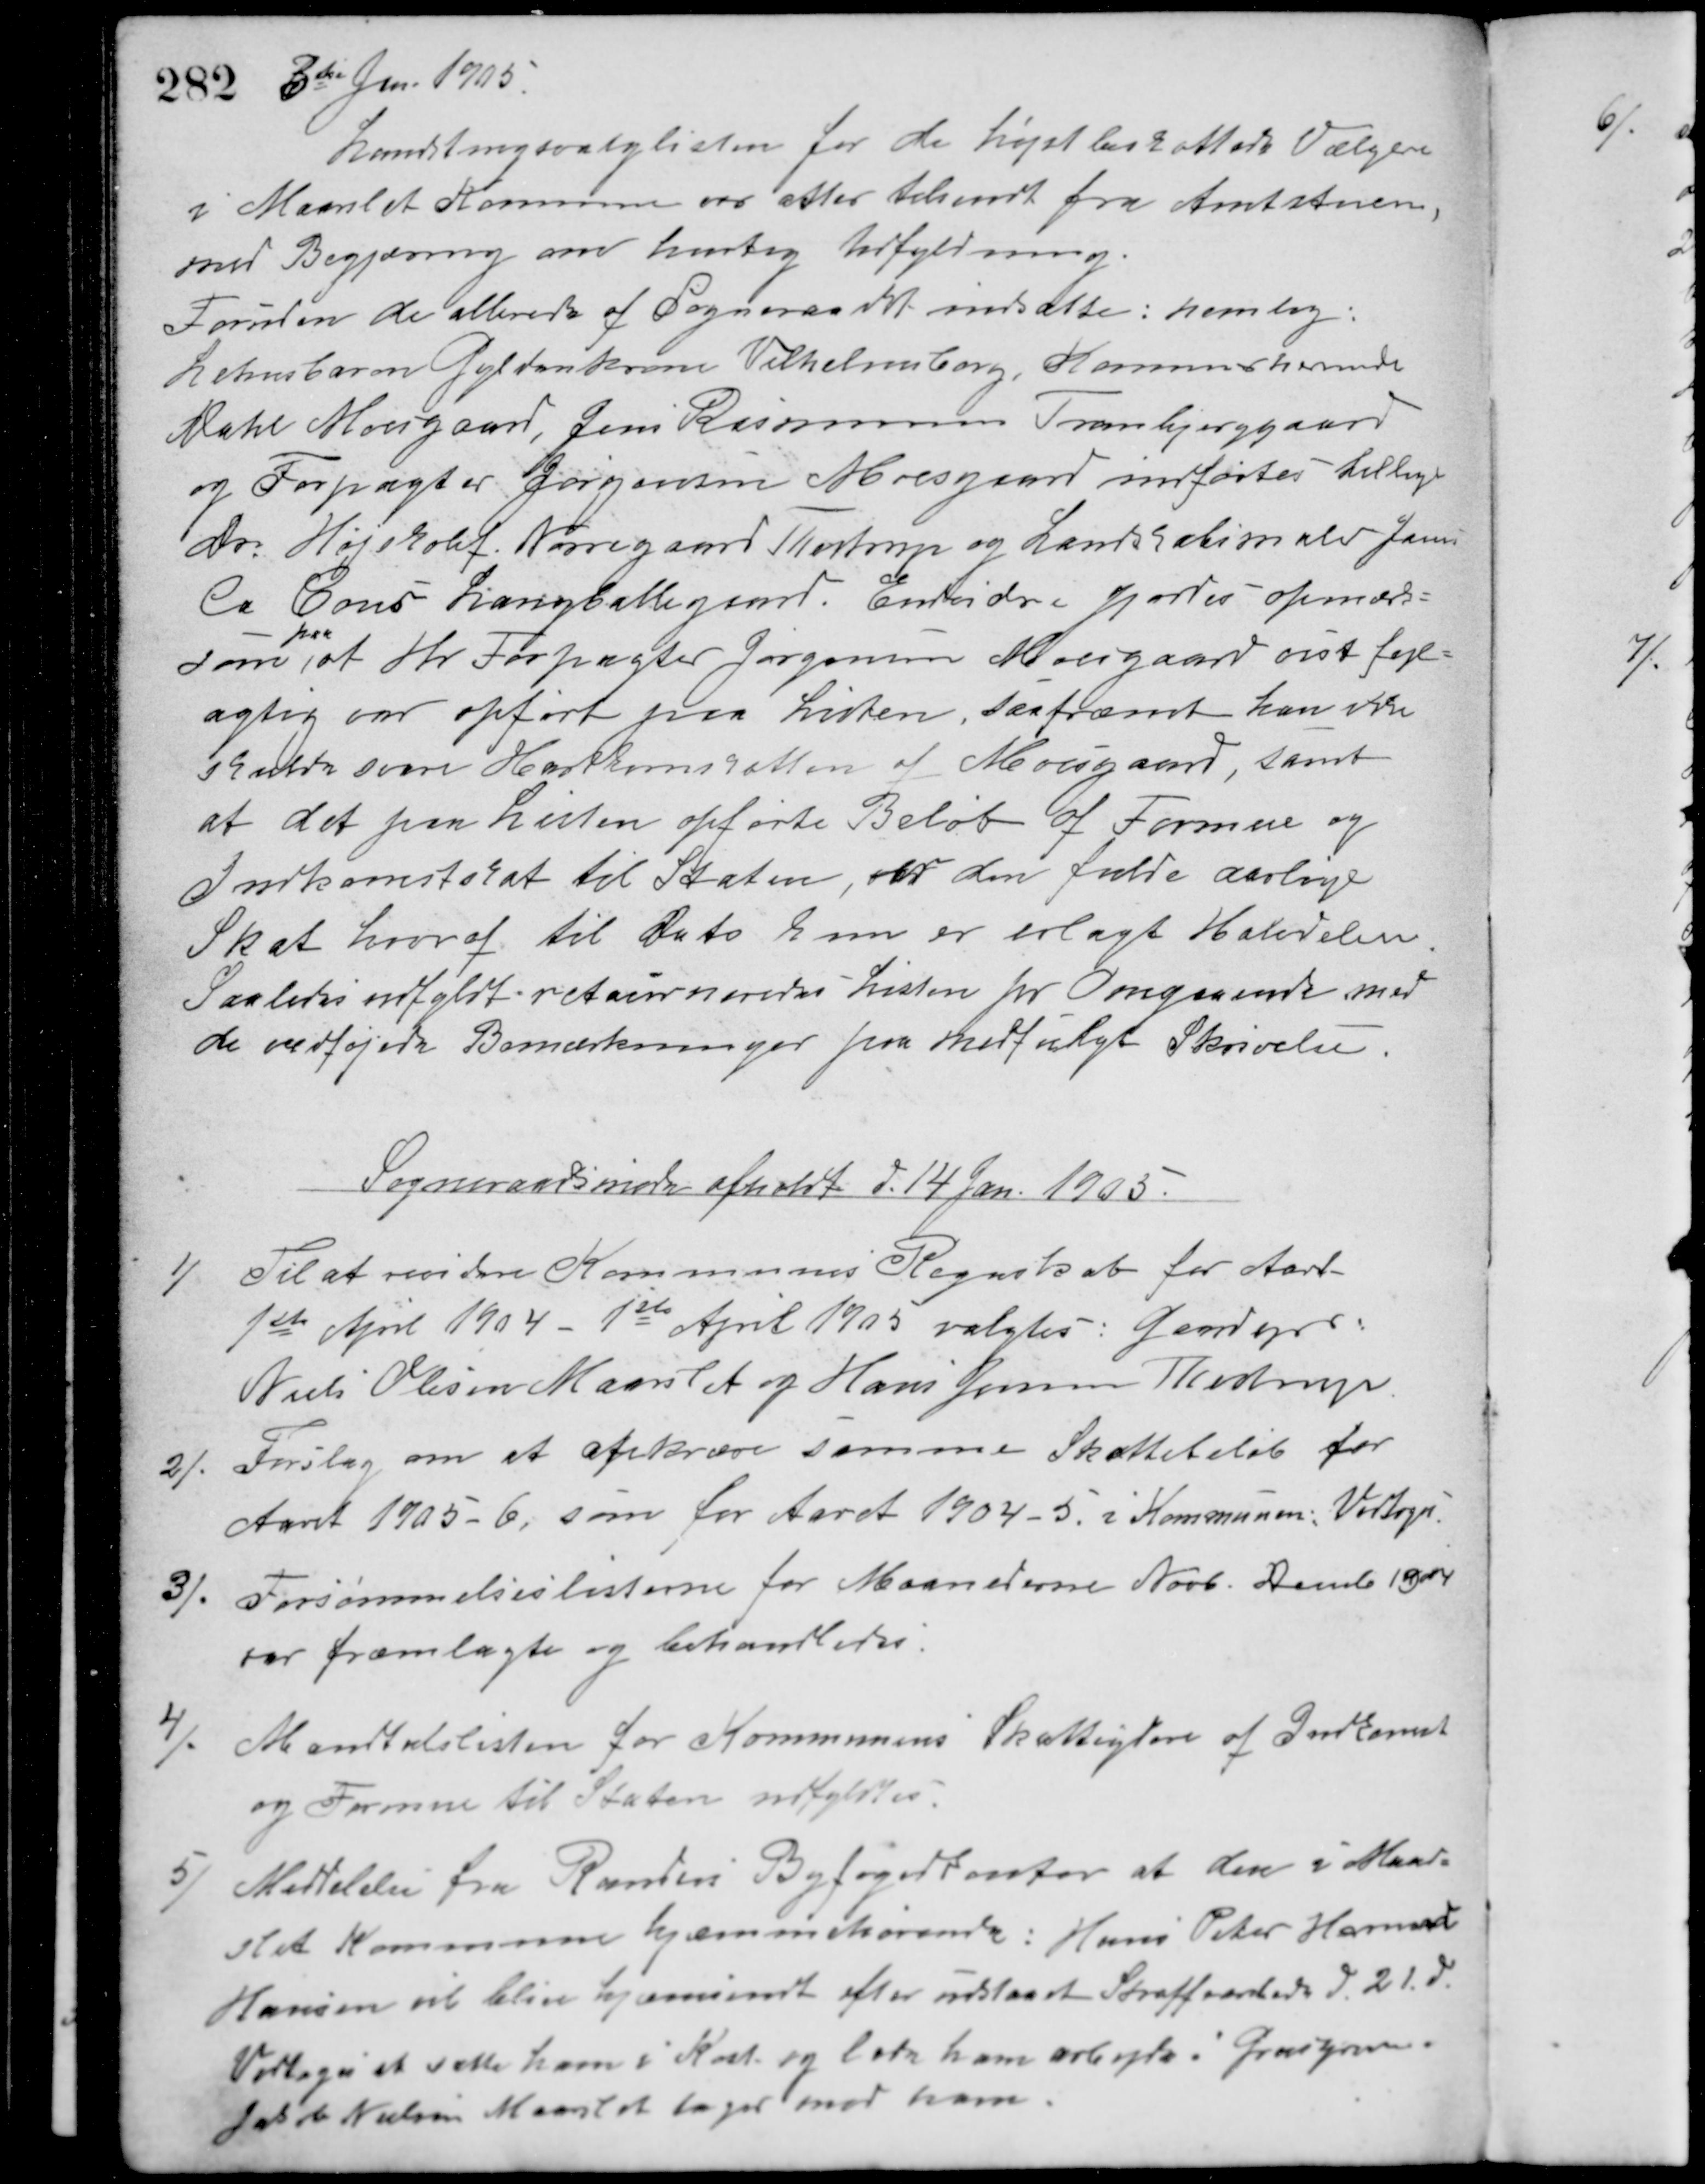
Transskription:
3die Jan. 1905.
Landstingsvalglisten for de højst beskattede Vælgere
i Maarslet Kommune var atter tilsendt fra Amtstuen,
med Begjæring om hurtig Udfyldning.
Foruden de allerede af Sogneraadet indsatte : forslag:
Lehnsbaron Gyldenkrone Vilhelmsborg, Kammerherreinde
Dahl Moesgaard, Jens Rasmussen Tranbjerggaard
og Forpagter Jørgensen Moesgaard indførtes tillige
dr. Højskolef. Nørregaard Thostrup og Landskabsmaler Jens
La Cour Langballegaard. Envidere gjordes opmærk-
som
paa
at Hr Forpagter Jørgensen Moesgaard vist fejl-
agtig var opført paa Listen. Saafremt han ikke
Skulde svare Hartkornskatten af Moesgaard, samt
at det paa Listen opførte Beløb af Formue og
Indkomstskat til Staten, var den fulde aarlige
Skat hvoraf til Dato som er erlagt Halvdelen.
Saaledes udfyldt returneredes Listen pr. Omgaaende med
de vedføjede Bemærkninger paa medfulgt Skrivelse.
Sogneraadsmøde afholdt d. 14 Jan. 1905.
1/ Til at revidere Kommunes Regnskab for Aaret
1ste April 1904 1ste April 1905 valgtes: Gardejer
Niels Olesen Maarslet og Hans Jensen Thestrup
2/. Forslag om at afkræve samme Skattebeløb for
Aaret 1905-6, som for Aaret 1904-5. i Kommunen. Vedtoges.
3/. Forsømmelseslisterne for Maanederne Novb. Demb. 1904
var fremlagte og behandledes.
4/. Mandtalslisten for Kommunens Skatteydere af Indkomst
og Formue til Staten udfyldtes.
5/. Meddelelse fra Randers Byfogedkontor at den i Maar-
slet kommune hjemmehørende: Hans Peter Hamand
Hansen vil blive hjemsendt efter udstaaet Straffeandlede d. 21. d.
Vedtoges at sætte ham i Kost og lade ham arbejde i Grusgraven.
Jakob Nielsen Maarslet tager med ham.